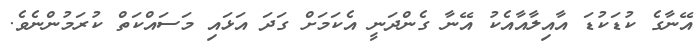
އޭނާގެ ކުޑަކުޑަ އާއިލާއާއެކު އޭނާ ގެންދަނީ އެކަމަށް ގަދަ އަޅައި މަސައްކަތް ކުރަމުންނެވެ.